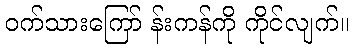
ဝက်သားကြော် န်းကန်ကို ကိုင်လျက်။